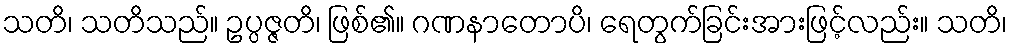
သတိ၊ သတိသည်။ ဥပ္ပဇ္ဇတိ၊ ဖြစ်၏။ ဂဏနာတောပိ၊ ရေတွက်ခြင်းအားဖြင့်လည်း။ သတိ၊